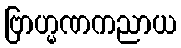
ဗြာဟ္မဏကညာယ